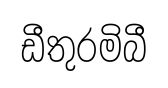
ඩීතුරමිබී